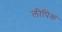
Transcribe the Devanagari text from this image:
लीपिक